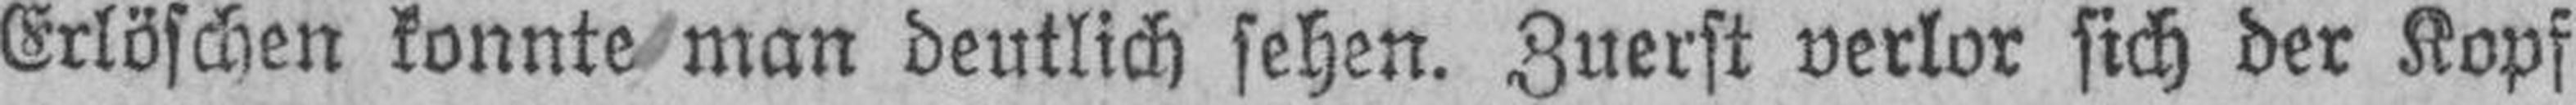
Erlöschen konnte man deutlich sehen. Zuerst verlor sich der Kopf